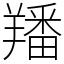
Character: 羳